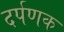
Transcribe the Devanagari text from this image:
दर्पणक